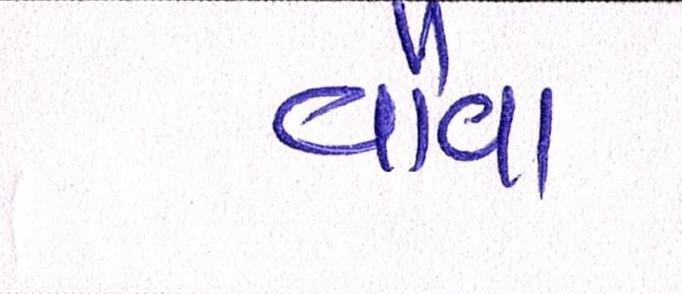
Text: વૌવા